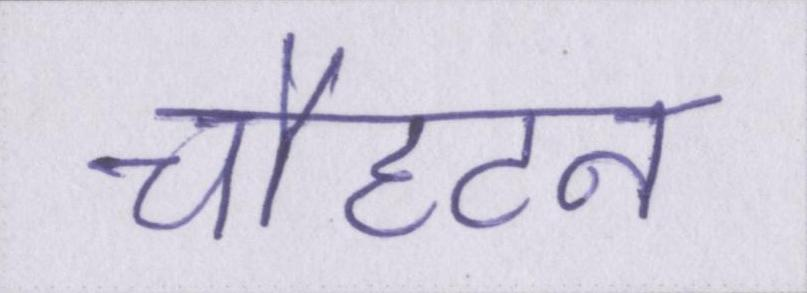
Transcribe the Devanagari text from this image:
चौहटन